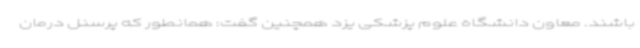
باشند. معاون دانشگاه علوم پزشکی یزد همچنین گفت: همانطور که پرسنل درمان